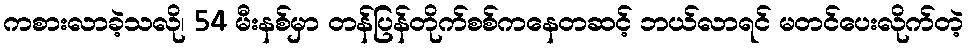
ကစားလာခဲ့သလို၊ 54 မီးနစ်မှာ တန်ပြန်တိုက်စစ်ကနေတဆင့် ဘယ်လာရင် မတင်ပေးလိုက်တဲ့